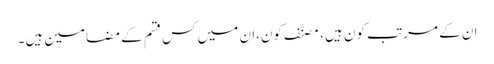
ان کے مرتب کون ہیں، مصنّف کون،ان میں کس قسم کے مضامین ہیں۔